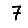
Digit: 7